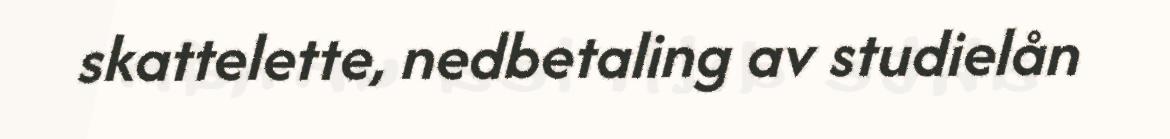
skattelette, nedbetaling av studielån